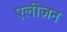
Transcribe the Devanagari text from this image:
एलीज़न